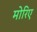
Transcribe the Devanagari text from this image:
मोरिए